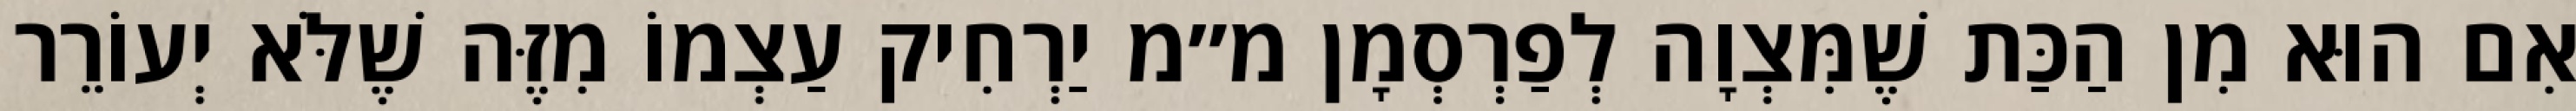
אִם הוּא מִן הַכַּת שֶׁמִּצְוָה לְפַרְסְמָן מ״מ יַרְחִיק עַצְמוֹ מִזֶּה שֶׁלֹּא יְעוֹרֵר